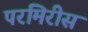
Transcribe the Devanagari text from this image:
परमिरीस